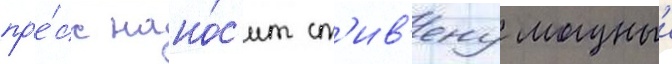
пр'е́сс нано́с'ит ст'ив'ену мощныи